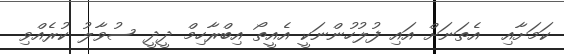
ކަމަށާއި  އެތަނަށް އައި ފުލުހުންނަކީ އެއީތޯ އިބްރާހިމް ދީދީ ސުވާލު ކުރެއްވި